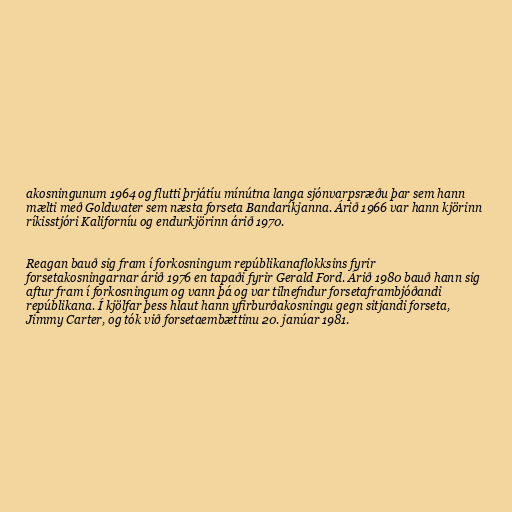
akosningunum 1964 og flutti þrjátíu mínútna langa sjónvarpsræðu þar sem hann
mælti með Goldwater sem næsta forseta Bandaríkjanna. Árið 1966 var hann kjörinn
ríkisstjóri Kaliforníu og endurkjörinn árið 1970.

Reagan bauð sig fram í forkosningum repúblikanaflokksins fyrir
forsetakosningarnar árið 1976 en tapaði fyrir Gerald Ford. Árið 1980 bauð hann sig
aftur fram í forkosningum og vann þá og var tilnefndur forsetaframbjóðandi
repúblikana. Í kjölfar þess hlaut hann yfirburðakosningu gegn sitjandi forseta,
Jimmy Carter, og tók við forsetaembættinu 20. janúar 1981.